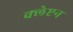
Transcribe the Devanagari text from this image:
क्लेप्टन